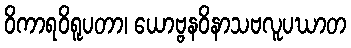
ဝိကာရဝိရူပတာ၊ ယောဗ္ဗနဝိနာသဗလူပဃာတ